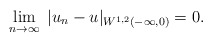
\begin{align*} \lim_{n\to \infty} \; \vert u_n-u\vert_{W^{1,2}(-\infty,0)} =0.\end{align*}